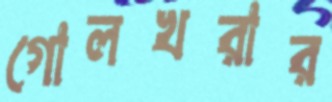
গোলখরার